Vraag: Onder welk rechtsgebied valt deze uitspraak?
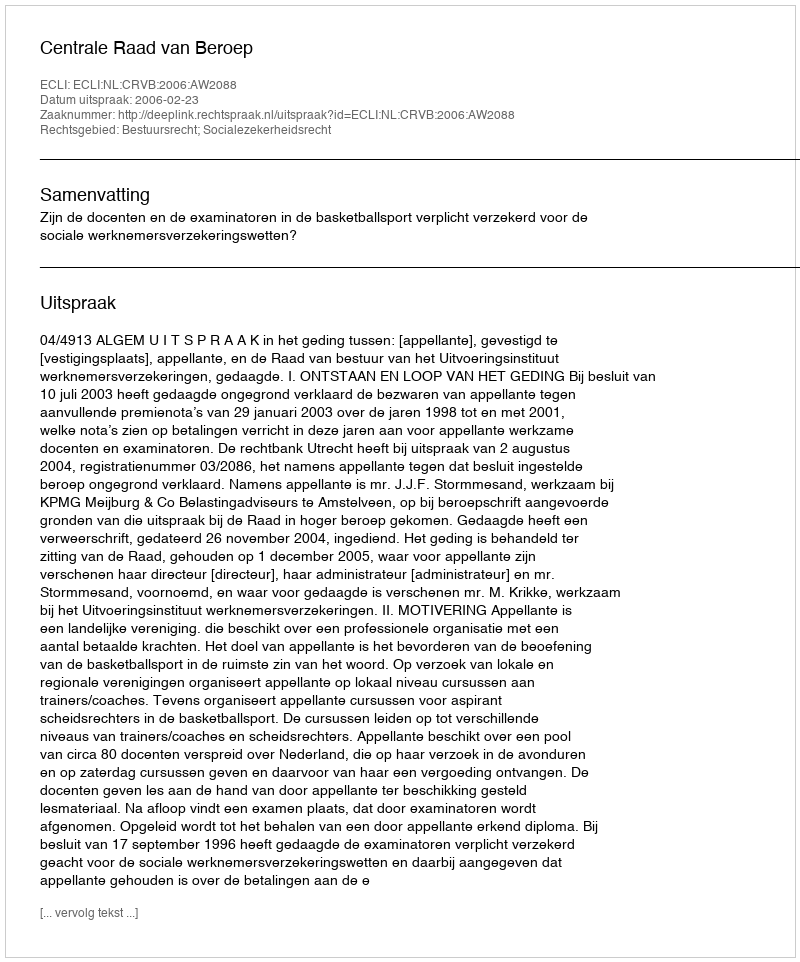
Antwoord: Bestuursrecht; Socialezekerheidsrecht